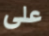
على